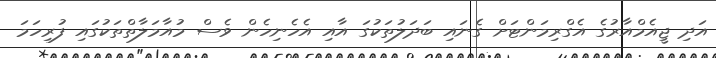
އަދި ޖީއެމްއާރުގެ އެގްރިމަންޓަށް ގެނައި ބަދަލުތަކުގަ އާއި އެހެނިހެން ވެސް މުއާމަލާތްތަކުގައި ފުރިހަމަ